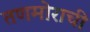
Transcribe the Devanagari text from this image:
तणमोराची